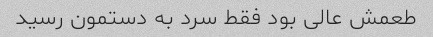
طعمش عالی بود فقط سرد به دستمون رسید